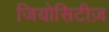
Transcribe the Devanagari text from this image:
जियोसिटीज़